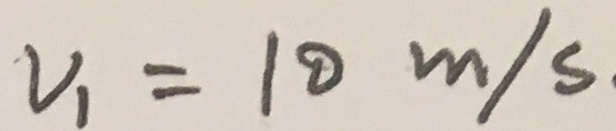
V _ { 1 } = 1 0 m / s